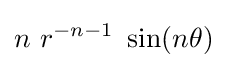
n~r^{-n-1}~\sin(n\theta )